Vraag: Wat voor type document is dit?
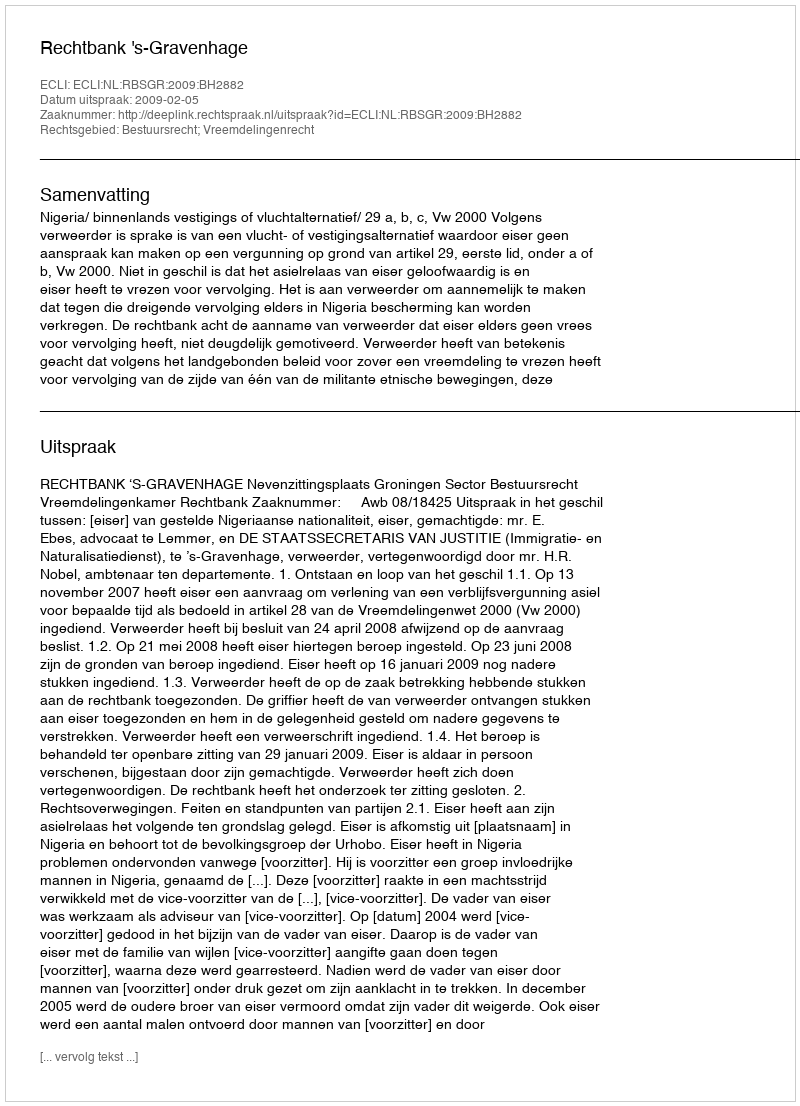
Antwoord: Uitspraak